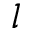
l